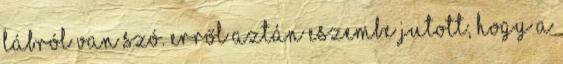
lábról van szó. Erről aztán eszembe jutott, hogy a